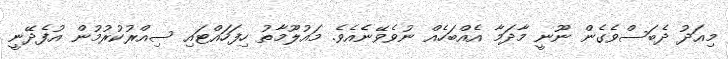
މިއަދު ދެބަސްވެގެން ނޫނީ މާދަމާ އެއްބަހެއް ނުވެވޭނެެއެވެ. މައުލޫމާތު ހިފަހައްޓައި ސިއްރުކުރުމުން އުފެދޭނީ